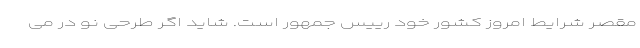
مقصر شرایط امروز کشور خود رییس جمهور است. شاید اگر طرحی نو در می‌